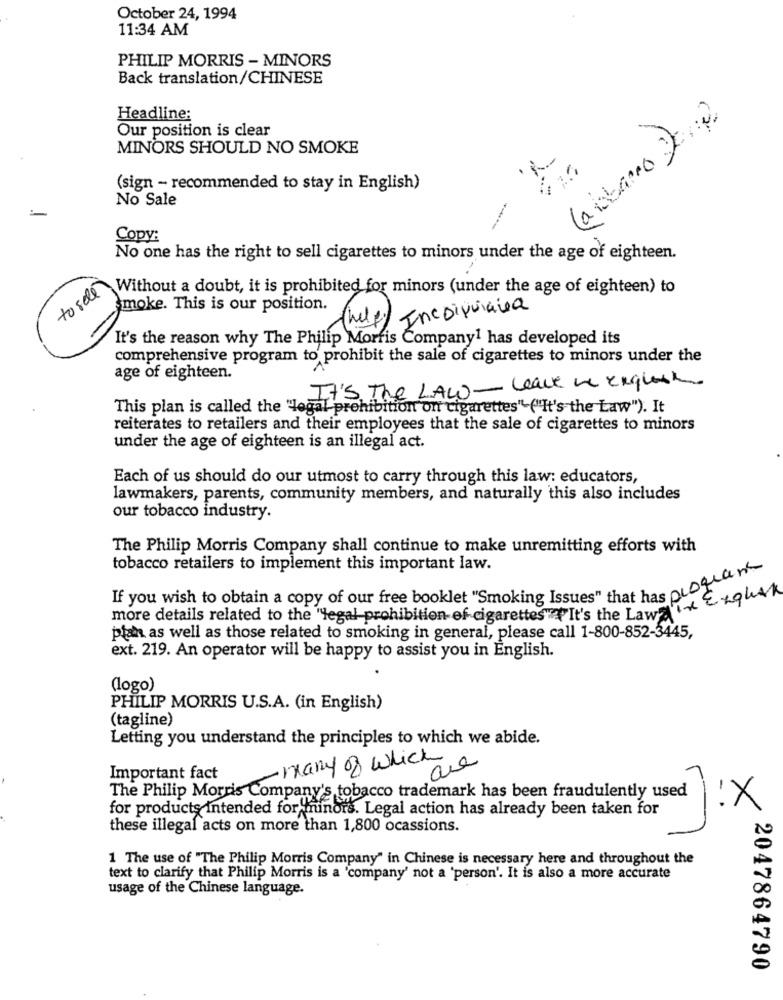
October 24, 1994
11:34 AM
PHILIP MORRIS - MINORS
Back translation/CHINESE
(abbano 20%)
Headline:
Our position is clear
MINORS SHOULD NO SMOKE
(sign - recommended to stay in English)
No Sale
Copy:
No one has the right to sell cigarettes to minors under the age of eighteen.
to sell
Without a doubt, it is prohibited for minors (under the age of eighteen) to
moke. This is our position.
Incorporárea
(help
It's the reason why The Philip Morris Company1 has developed its
comprehensive program to prohibit the sale of cigarettes to minors under the
age of eighteen.
It's The LAW- Leave ve english
This plan is called the "legal prohibition on cigarettes"("It's the Law"). It
reiterates to retailers and their employees that the sale of cigarettes to minors
under the age of eighteen is an illegal act.
Each of us should do our utmost to carry through this law: educators,
lawmakers, parents, community members, and naturally this also includes
our tobacco industry.
The Philip Morris Company shall continue to make unremitting efforts with
tobacco retailers to implement this important law.
If you wish to obtain a copy of our free booklet "Smoking Issues" that har Ol ogran
more details related to the "legal prohibition of cigarettes". It's the Law in Engutt
plan as well as those related to smoking in general, please call 1-800-852-3445,
ext. 219. An operator will be happy to assist you in English.
(logo)
PHILIP MORRIS U.S.A. (in English)
(tagline)
Letting you understand the principles to which we abide.
- many of which
Important fact
The Philip Morris Company's tobacco trademark has been fraudulently used
for products Intended for minors. Legal action has already been taken for
!X
these illegal acts on more than 1,800 ocassions.
1 The use of "The Philip Morris Company" in Chinese is necessary here and throughout the
text to clarify that Philip Morris is a 'company' not a 'person'. It is also a more accurate
usage of the Chinese language.
2047864790